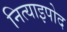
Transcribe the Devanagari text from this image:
नित्याइपोद